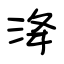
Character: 洚